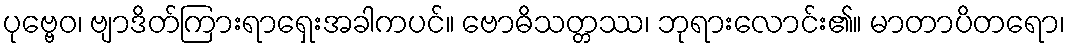
ပုဗ္ဗေဝ၊ ဗျာဒိတ်ကြားရာရှေးအခါကပင်။ ဗောဓိသတ္တဿ၊ ဘုရားလောင်း၏။ မာတာပိတရော၊